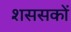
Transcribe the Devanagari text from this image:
शससकों